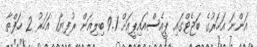
އަންނަ އަހަރުގެ ބަޖެޓްގައި ޕީއެސްއައިޕީއަށް 9.1 ބިލިއަން ރުފިޔާ1 އަހަރު 2 ހަފްތާ